Indian journal of veterinary science and animal husbandry - Volume 6,
Year: 1936
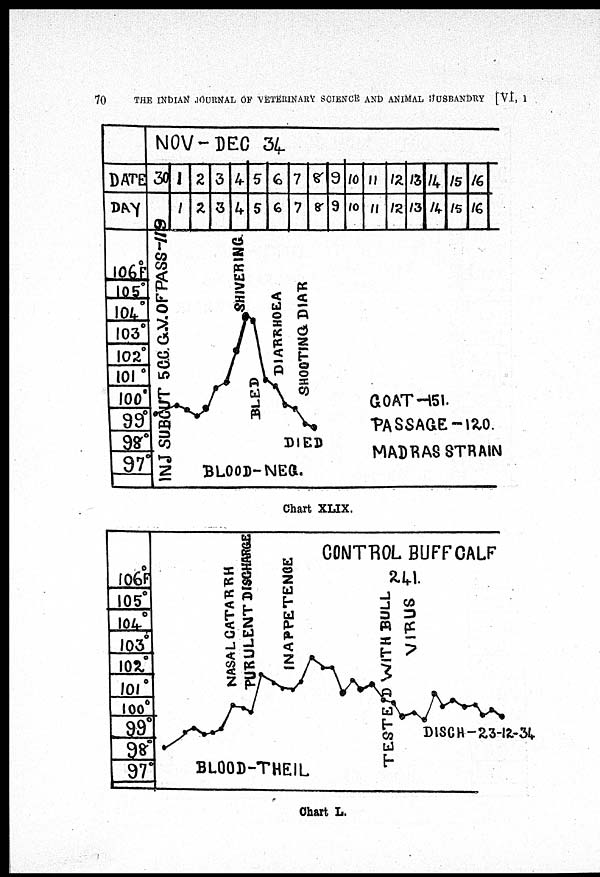
70
THE INDIAN JOURNAL OF VETERINARY SCIENCE AND ANIMAL HUSBANDRY [VI, I
Chart XLIX.
Chart L.